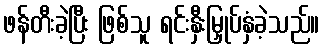
ဖန်တီးခဲ့ပြီး ဖြစ်သူ ရင်းနှီးမြှုပ်နှံခဲ့သည်။